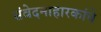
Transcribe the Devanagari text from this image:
संवेदनाहारकांचे